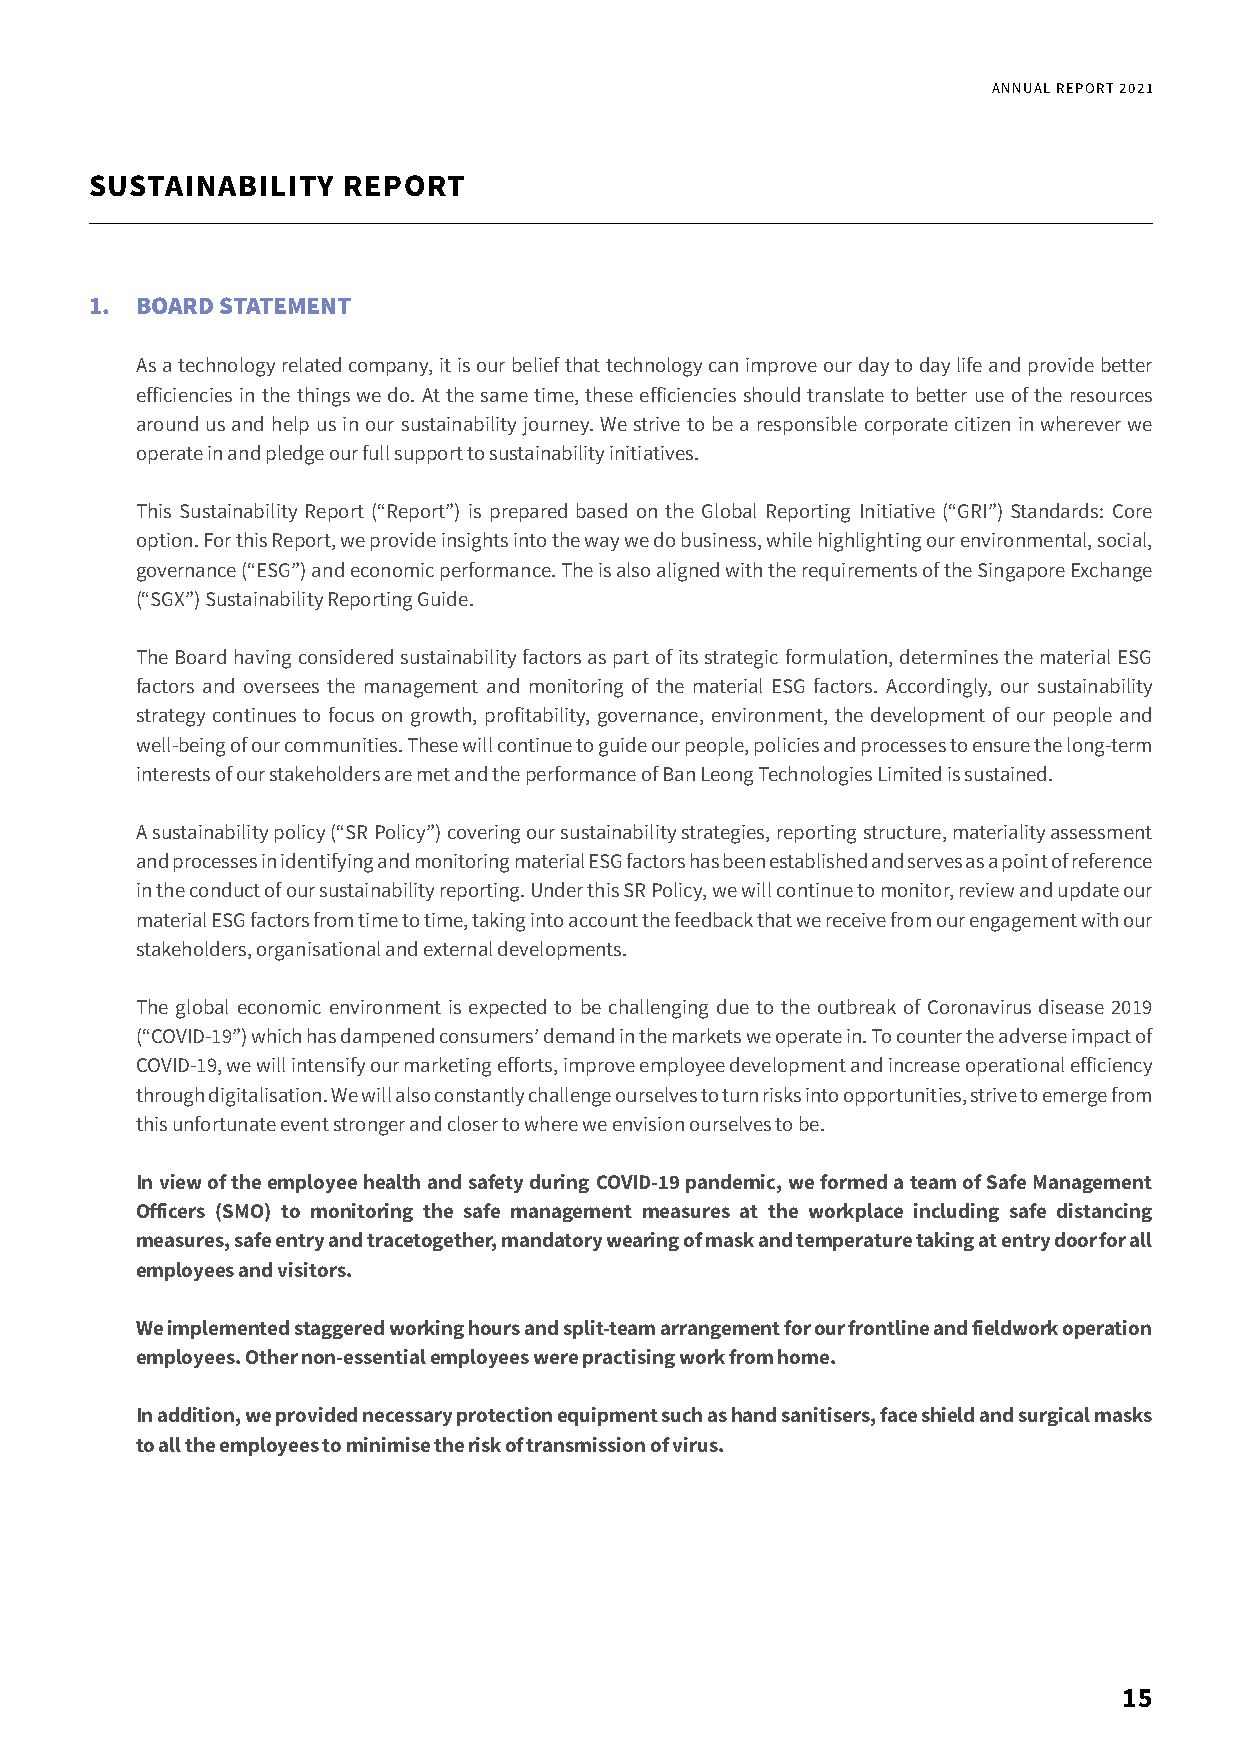
ANNUAL REPORT 2021
 SUSTAINABILITY   REPORT
 1. BOARD STATEMENT
 As a technology related company, it is our belief that technology can improve our day to day life and provide better
 efficiencies in the things we do. At the same time, these efficiencies should translate to better use of the resources
 around us and help us in our sustainability journey. We strive to be a responsible corporate citizen in wherever we
 operate in and pledge our full support to sustainability initiatives.
 This Sustainability Report (“Report”) is prepared based on the Global Reporting Initiative (“GRI”) Standards: Core
 option. For this Report, we provide insights into the way we do business, while highlighting our environmental, social,
 governance (“ESG”) and economic performance. The is also aligned with the requirements of the Singapore Exchange
 (“SGX”) Sustainability Reporting Guide.
 The Board having considered sustainability factors as part of its strategic formulation, determines the material ESG
 factors and oversees the management and monitoring of the material ESG factors. Accordingly, our sustainability
 strategy continues to focus on growth, profitability, governance, environment, the development of our people and
 well-being of our communities. These will continue to guide our people, policies and processes to ensure the long-term
 interests of our stakeholders are met and the performance of Ban Leong Technologies Limited is sustained.
 A sustainability policy (“SR Policy”) covering our sustainability strategies, reporting structure, materiality assessment
 and processes in identifying and monitoring material ESG factors has been established and serves as a point of reference
 in the conduct of our sustainability reporting. Under this SR Policy, we will continue to monitor, review and update our
 material ESG factors from time to time, taking into account the feedback that we receive from our engagement with our
 stakeholders, organisational and external developments.
 The global economic environment is expected to be challenging due to the outbreak of Coronavirus disease 2019
 (“COVID-19”) which has dampened consumers’ demand in the markets we operate in. To counter the adverse impact of
 COVID-19, we will intensify our marketing efforts, improve employee development and increase operational efficiency
 through digitalisation. We will also constantly challenge ourselves to turn risks into opportunities, strive to emerge from
 this unfortunate event stronger and closer to where we envision ourselves to be.
 In view of the employee health and safety during COVID-19 pandemic, we formed a team of Safe Management
 Officers (SMO) to monitoring the safe management measures at the workplace including safe distancing
 measures, safe entry and tracetogether, mandatory wearing of mask and temperature taking at entry door for all
 employees and visitors.
 We implemented staggered working hours and split-team arrangement for our frontline and fieldwork operation
 employees. Other non-essential employees were practising work from home.
 In addition, we provided necessary protection equipment such as hand sanitisers, face shield and surgical masks
 to all the employees to minimise the risk of transmission of virus.
 15